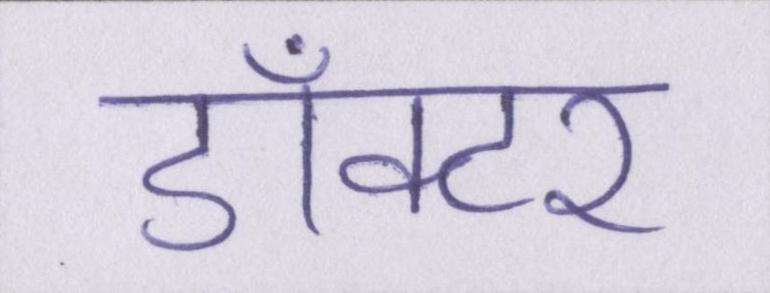
डाँक्टर